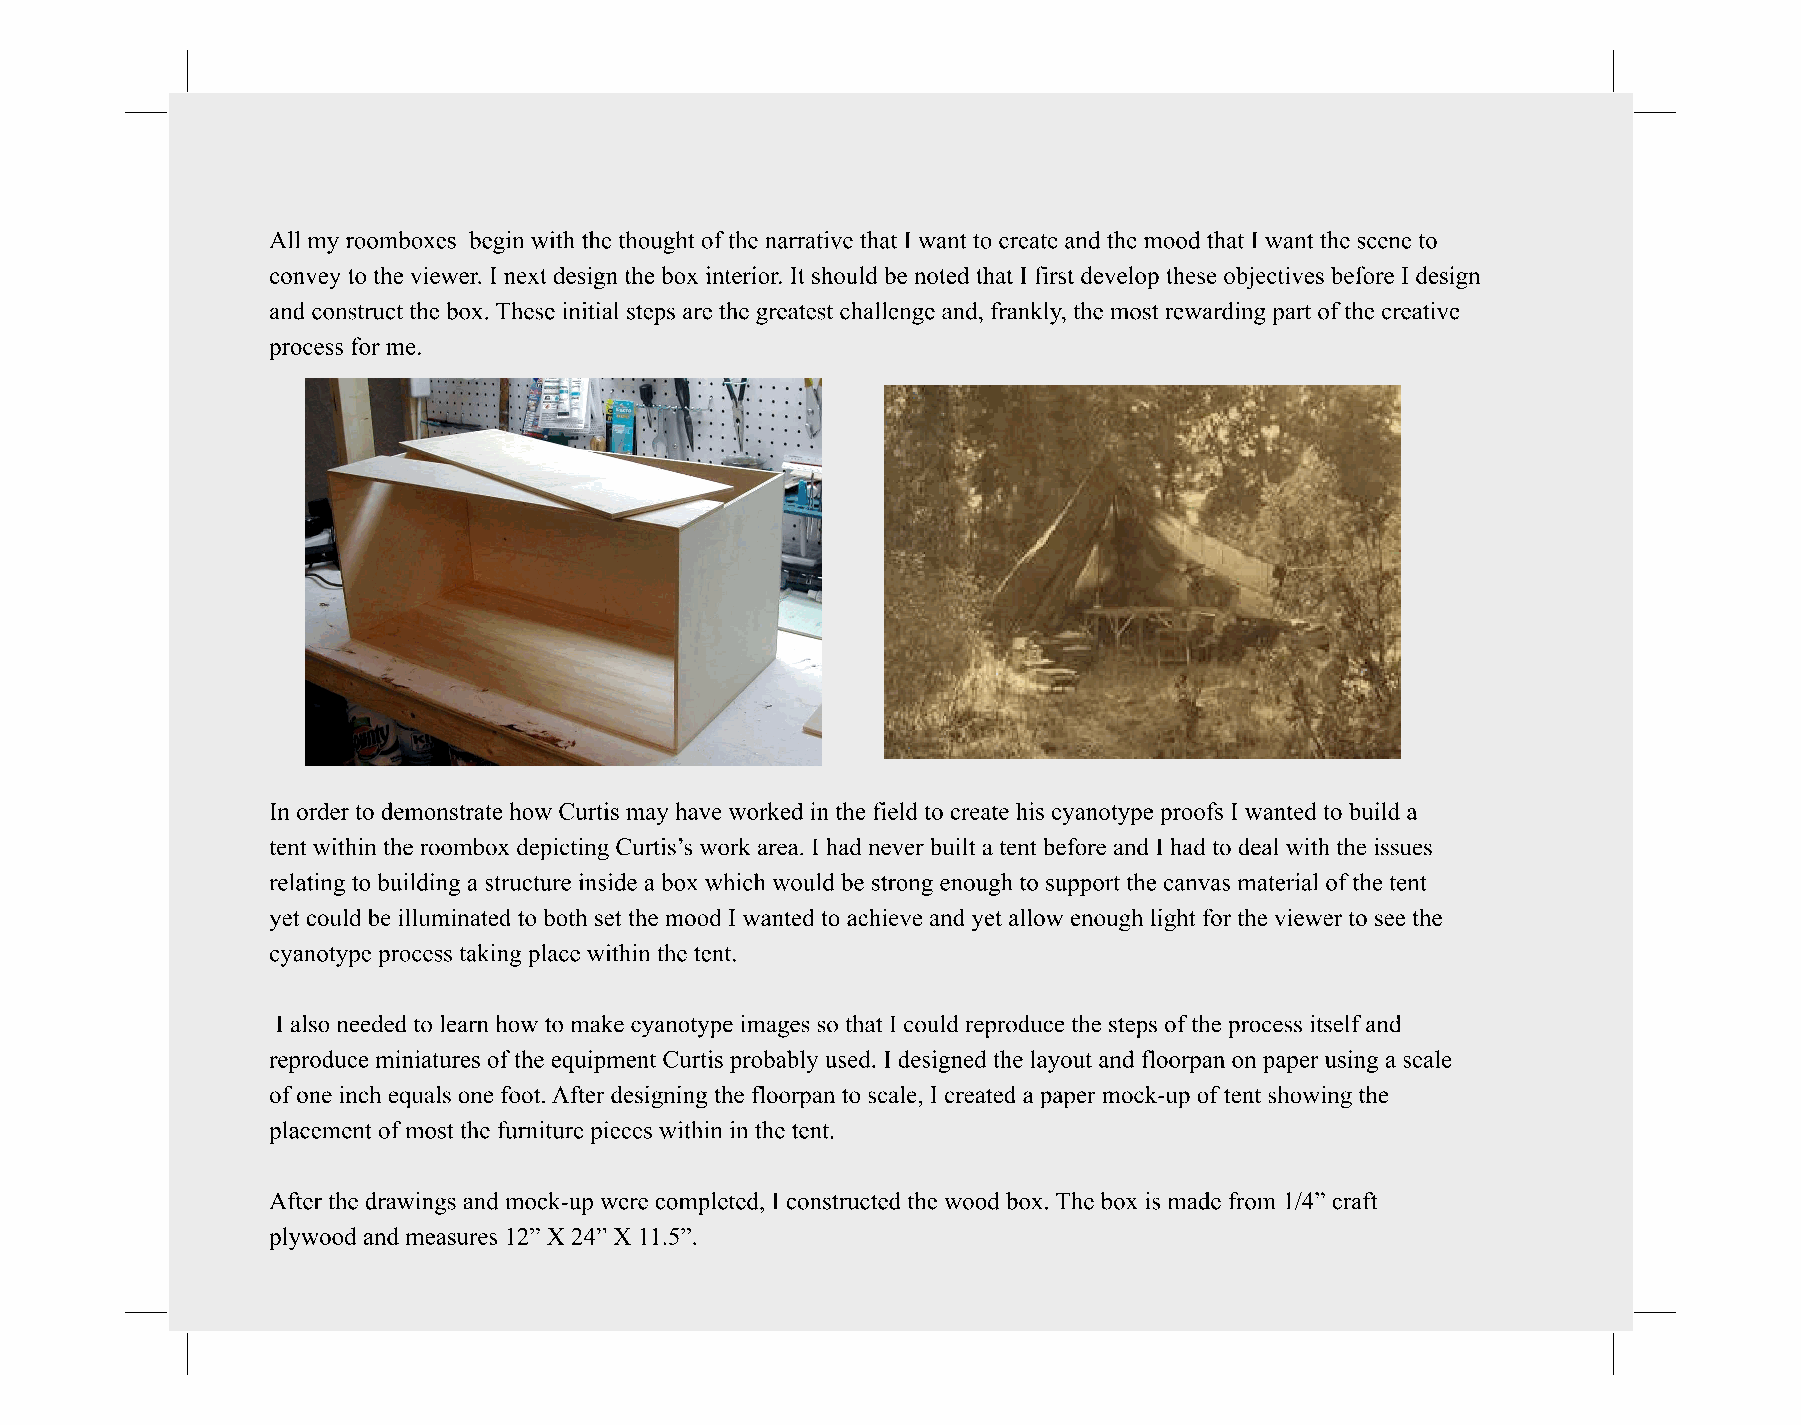
AInl lo mrdye rr otoo mdebmoxoenss t rbaeteg ihno wwi tChu trhteis t hmoauyg hhat voef twhoe rnkaerdr aitni vthe et hfaiet lId wtoa nctr etoat ec rheiast ec yaanndo tthyep em poroodo fths aIt wI awnatendt tthoe b sucieldn ea to
 cteonntv weyit htoin t hthee v rioeowmerb. oI xn edxetp idcetsiniggn C thuert ibso’sx winotrekri aorre. aIt. Is hhoaudl dn ebvee nr obtueidlt tah atet nI tf ibresft odreev aenlodp I thhaeds et oo bdjeeaclt iwvietsh bthefeo irses uI edsesign
 arenlda tcinogn sttor ubcuti tlhdein bgo ax .s tTruhcetsuer ein iintisaild set eap bso axr ew thhiec hg rweaotuelsdt cbhea sltlreonngge eannodu, gfrha ntok lsyu, ptphoe rmt tohset creawnvaarsd imnga tpearirat lo off t hthee c treenattive
 pyreot cceosusl dfo br em ilel.uminated to both set the mood I wanted to achieve and yet allow enough light for the viewer to see the
 cyanotype process taking place within the tent.
 I also needed to learn how to make cyanotype images so that I could reproduce the steps of the process itself and
 reproduce miniatures of the equipment Curtis probably used. I designed the layout and floorpan on paper using a scale
 of one inch equals one foot. After designing the floorpan to scale, I created a paper mock-up of tent showing the
 placement of most the furniture pieces within in the tent.
 After the drawings and mock-up were completed, I constructed the wood box. The box is made from 1/4” craft
 plywood and measures 12” X 24” X 11.5”.
 I